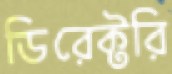
ডিরেক্টরি